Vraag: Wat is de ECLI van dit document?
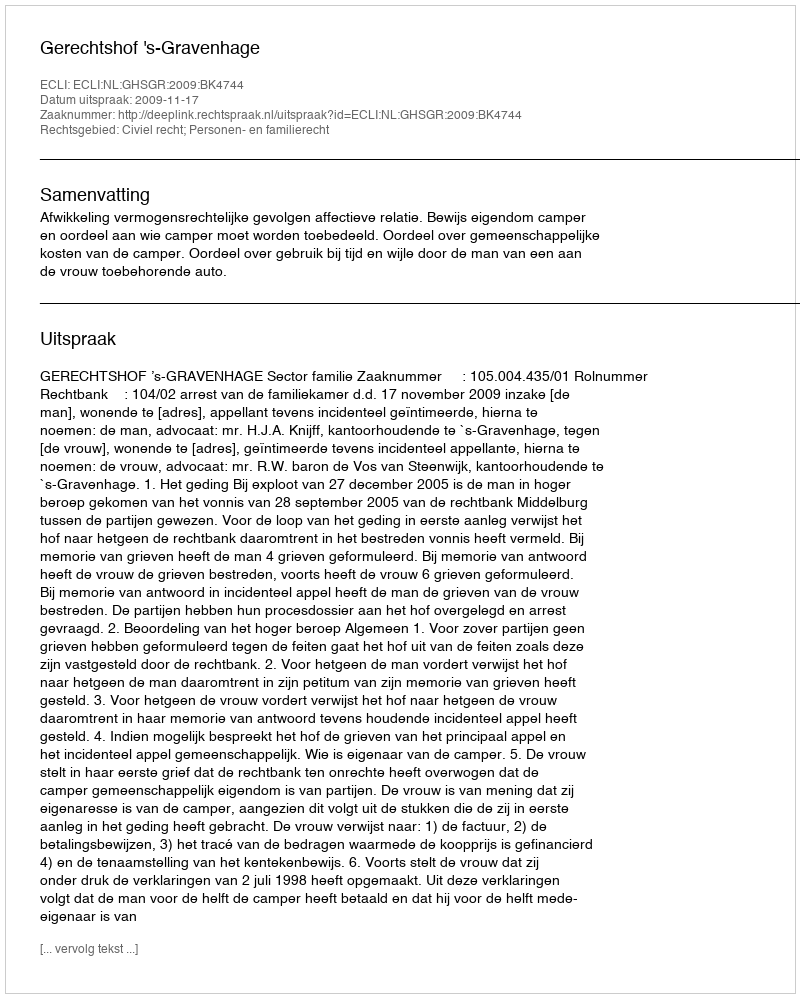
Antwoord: ECLI:NL:GHSGR:2009:BK4744